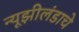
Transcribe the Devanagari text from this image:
न्यूझीलंडाचे